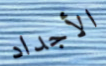
الأجداد